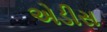
એડીસ